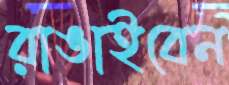
রাঙাইবেন